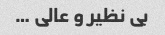
بی نظیر و عالی …